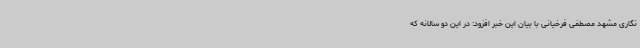
نگاری مشهد مصطفی فرخیانی با بیان این خبر افزود: در این دو سالانه که